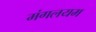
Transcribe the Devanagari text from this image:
मंगलयम